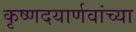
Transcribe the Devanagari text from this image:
कृष्णदयार्णवांच्या